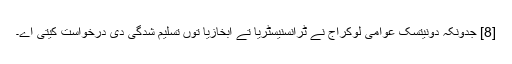
[8] جدونکہ دونیتسک عوامی لوکراج نے ٹرانسنیسٹریا تے ابخازيا توں تسلیم شدگی دی درخواست کیتی اے۔